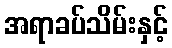
အရာခပ်သိမ်းနှင့်